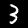
Label: 3